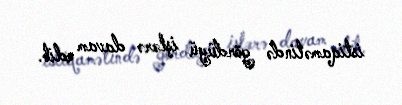
istiqamətində gördüyü işlərə davam edib.